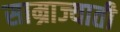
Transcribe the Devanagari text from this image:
साम्राज्याती